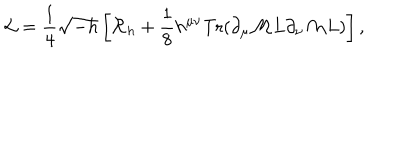
{ \cal L } = { \frac { 1 } { 4 } } \sqrt { - h } \left[ { \cal R } _ { h } + { \frac { 1 } { 8 } } h ^ { \mu \nu } \mathrm { T r } ( \partial _ { \mu } { \cal M } L \partial _ { \nu } { \cal M } L ) \right] ,